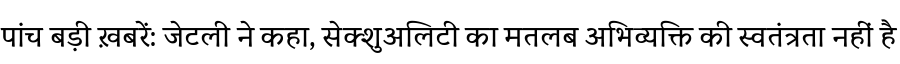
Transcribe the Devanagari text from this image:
पांच बड़ी ख़बरें: जेटली ने कहा, सेक्शुअलिटी का मतलब अभिव्यक्ति की स्वतंत्रता नहीं है